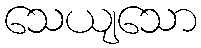
သေယျသော